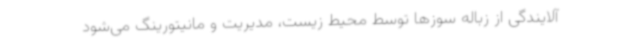
آلایندگی از زباله سوزها توسط محیط زیست، مدیریت و مانیتورینگ می‌شود